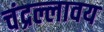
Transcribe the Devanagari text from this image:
चंद्रल्लावय